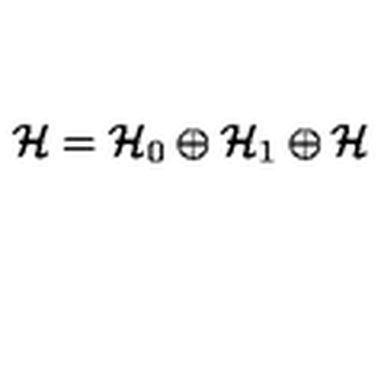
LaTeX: \mathcal { H } = \mathcal { H } _ { 0 } \oplus \mathcal { H } _ { 1 } \oplus \mathcal { H }